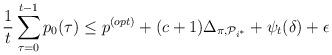
LaTeX: \begin{align*} \frac{1}{t}\sum_{\tau=0}^{t-1} p_0(\tau) \leq p^{(opt)} + (c + 1) \Delta_{\pi,\mathcal{P}_{i^{*}}} + \psi_t(\delta) + \epsilon\end{align*}